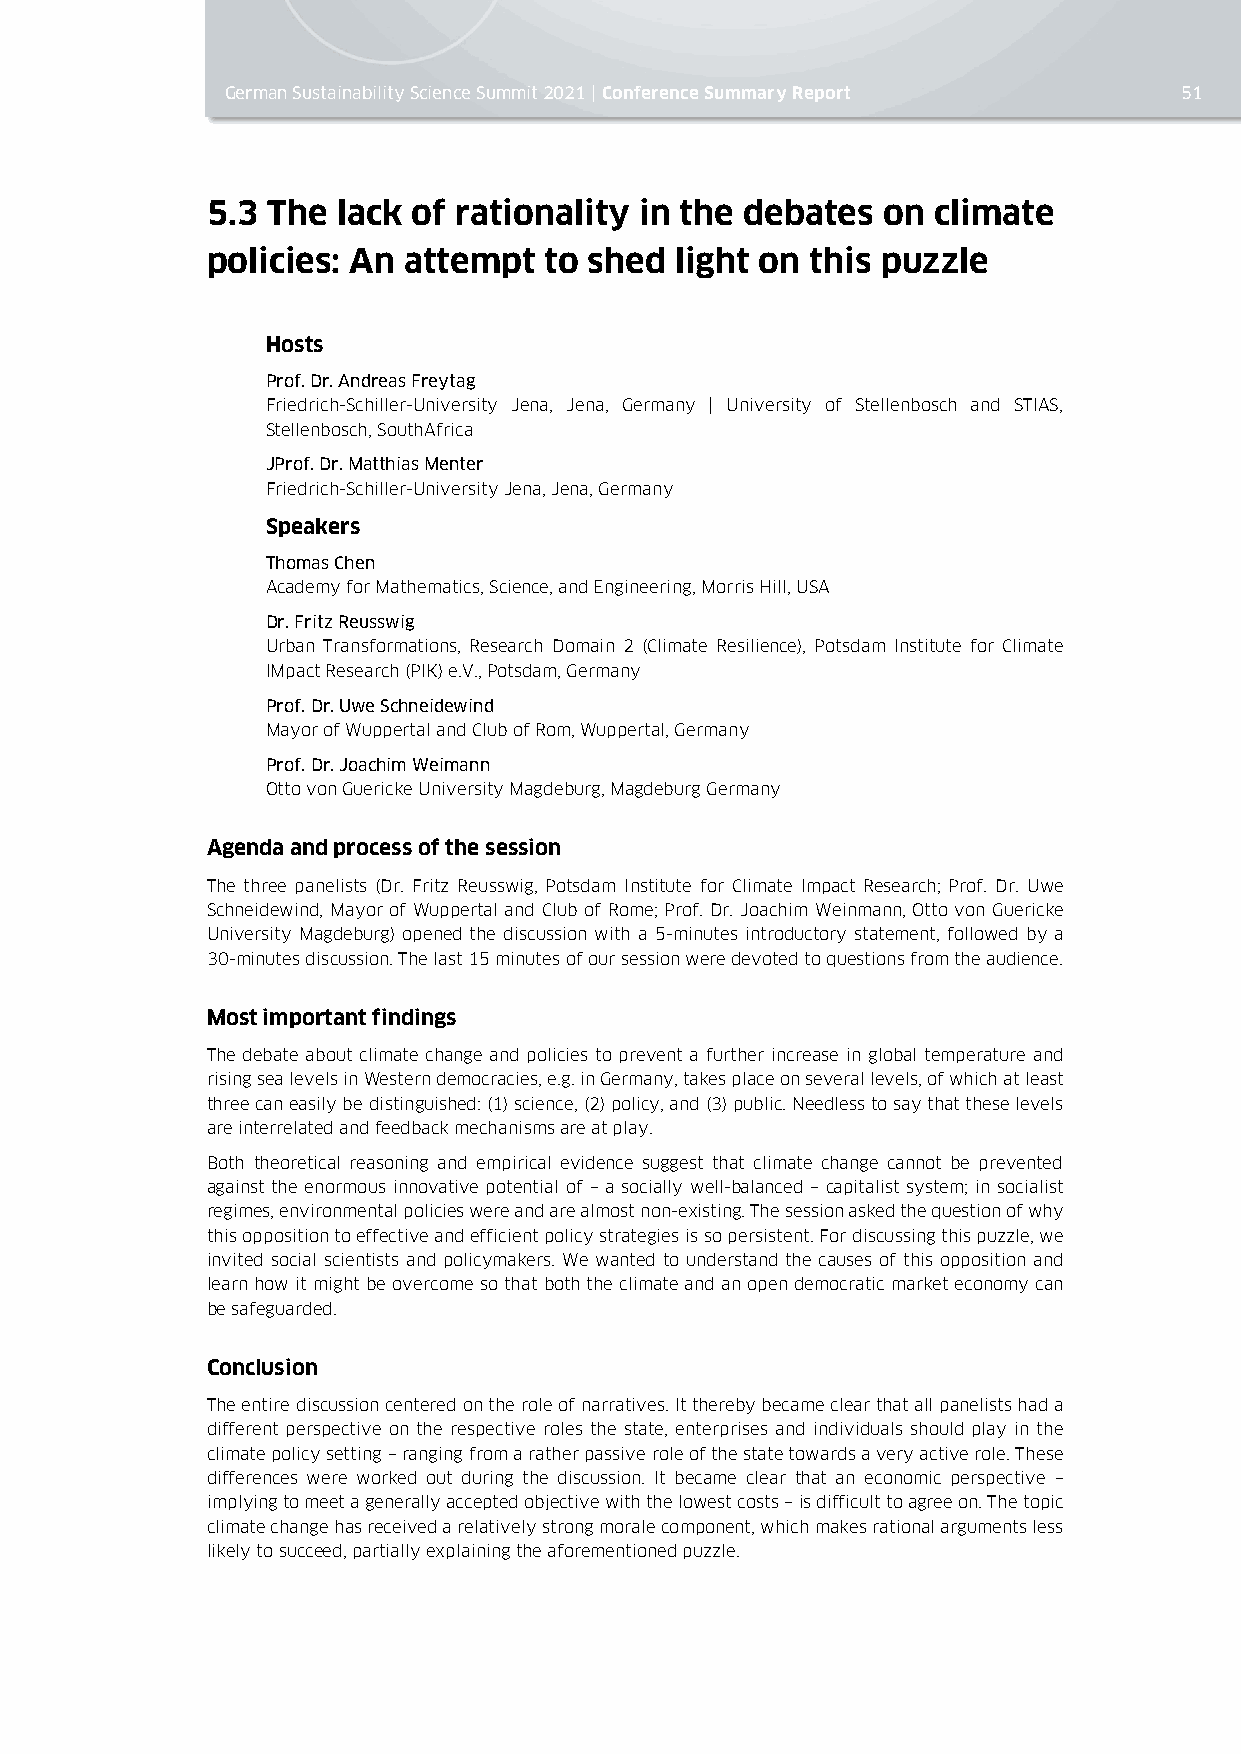
German Sustainability Science Summit 2021 | Conference Summary Report 51
 5.3 The lack of rationality in the debates  on  climate
 policies: An attempt  to shed  light on this puzzle
 Hosts
 Prof. Dr. Andreas Freytag
 Friedrich-Schiller-University Jena, Jena, Germany | University of Stellenbosch and STIAS,
 Stellenbosch, SouthAfrica
 JProf. Dr. Matthias Menter
 Friedrich-Schiller-University Jena, Jena, Germany
 Speakers
 Thomas Chen
 Academy for Mathematics, Science, and Engineering, Morris Hill, USA
 Dr. Fritz Reusswig
 Urban Transformations, Research Domain 2 (Climate Resilience), Potsdam Institute for Climate
 IMpact Research (PIK) e.V., Potsdam, Germany
 Prof. Dr. Uwe Schneidewind
 Mayor of Wuppertal and Club of Rom, Wuppertal, Germany
 Prof. Dr. Joachim Weimann
 Otto von Guericke University Magdeburg, Magdeburg Germany
 Agenda and process of the session
 The three panelists (Dr. Fritz Reusswig, Potsdam Institute for Climate Impact Research; Prof. Dr. Uwe
 Schneidewind, Mayor of Wuppertal and Club of Rome; Prof. Dr. Joachim Weinmann, Otto von Guericke
 University Magdeburg) opened the discussion with a 5-minutes introductory statement, followed by a
 30-minutes discussion. The last 15 minutes of our session were devoted to questions from the audience.
 Most important findings
 The debate about climate change and policies to prevent a further increase in global temperature and
 rising sea levels in Western democracies, e.g. in Germany, takes place on several levels, of which at least
 three can easily be distinguished: (1) science, (2) policy, and (3) public. Needless to say that these levels
 are interrelated and feedback mechanisms are at play.
 Both theoretical reasoning and empirical evidence suggest that climate change cannot be prevented
 against the enormous innovative potential of – a socially well-balanced – capitalist system; in socialist
 regimes, environmental policies were and are almost non-existing. The session asked the question of why
 this opposition to effective and efficient policy strategies is so persistent. For discussing this puzzle, we
 invited social scientists and policymakers. We wanted to understand the causes of this opposition and
 learn how it might be overcome so that both the climate and an open democratic market economy can
 be safeguarded.
 Conclusion
 The entire discussion centered on the role of narratives. It thereby became clear that all panelists had a
 different perspective on the respective roles the state, enterprises and individuals should play in the
 climate policy setting – ranging from a rather passive role of the state towards a very active role. These
 differences were worked out during the discussion. It became clear that an economic perspective –
 implying to meet a generally accepted objective with the lowest costs – is difficult to agree on. The topic
 climate change has received a relatively strong morale component, which makes rational arguments less
 likely to succeed, partially explaining the aforementioned puzzle.